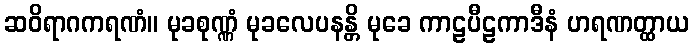
ဆဝိရာဂကရဏံ။ မုခစုဏ္ဏံ မုခလေပနန္တိ မုခေ ကာဠပီဠကာဒီနံ ဟရဏတ္ထာယ